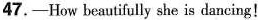
47.-How beautifully she is dancing!